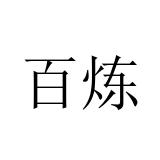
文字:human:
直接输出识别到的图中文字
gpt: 百炼